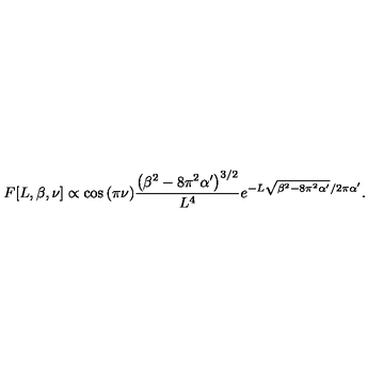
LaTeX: F [ L , \beta , \nu ] \propto \cos { ( \pi \nu ) } \frac { \left( \beta ^ { 2 } - 8 \pi ^ { 2 } \alpha ^ { \prime } \right) ^ { 3 / 2 } } { L ^ { 4 } } e ^ { - L \sqrt { \beta ^ { 2 } - 8 \pi ^ { 2 } \alpha ^ { \prime } } / 2 \pi \alpha ^ { \prime } } .